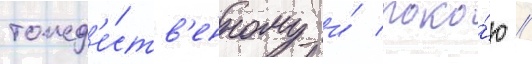
тожд'е́ств'енному и́ поко́ю //